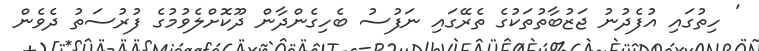
' ހިތުގައި އުފެދުނު ޖަޒުބާތުތަކުގެ ތެރޭގައި ނަފުސު ބެހިގެންދާން ދޫކޮށްލެވުމުގެ ފުރުސަތު ދެވެން